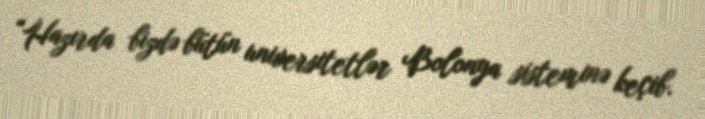
“Hazırda bizdə bütün universitetlər Bolonya sisteminə keçib.